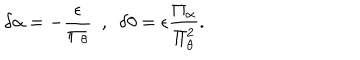
\delta \alpha = - \frac { \epsilon } { \Pi _ { \theta } } ~ ~ , ~ ~ \delta \theta = \epsilon \frac { \Pi _ { \alpha } } { \Pi _ { \theta } ^ { 2 } } .